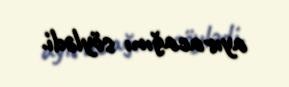
ayıracağını söylədi.